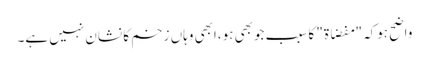
واضح ہوکہ "مفضاۃ" کاسبب جوبھی ہو،ابھی وہاں زخم کا نشان نہیں ہے۔